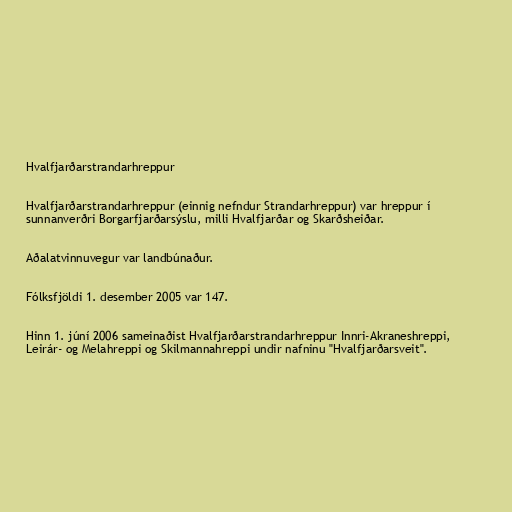
Hvalfjarðarstrandarhreppur

Hvalfjarðarstrandarhreppur (einnig nefndur Strandarhreppur) var hreppur í
sunnanverðri Borgarfjarðarsýslu, milli Hvalfjarðar og Skarðsheiðar.

Aðalatvinnuvegur var landbúnaður.

Fólksfjöldi 1. desember 2005 var 147.

Hinn 1. júní 2006 sameinaðist Hvalfjarðarstrandarhreppur Innri-Akraneshreppi,
Leirár- og Melahreppi og Skilmannahreppi undir nafninu "Hvalfjarðarsveit".